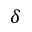
\delta